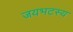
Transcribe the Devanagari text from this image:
जयभटस्य